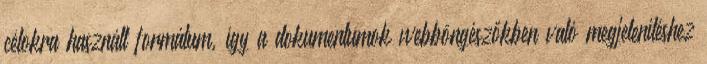
célokra használt formátum, így a dokumentumok webböngészőkben való megjelenítéshez